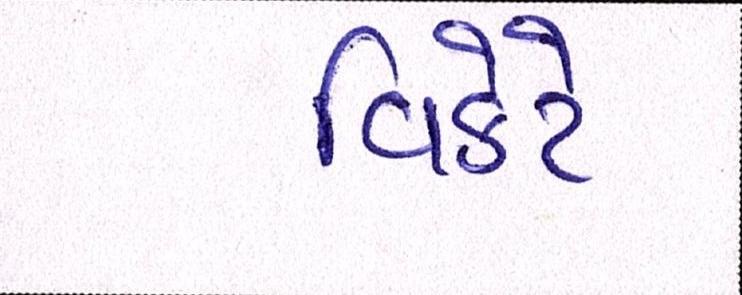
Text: વિકેટે